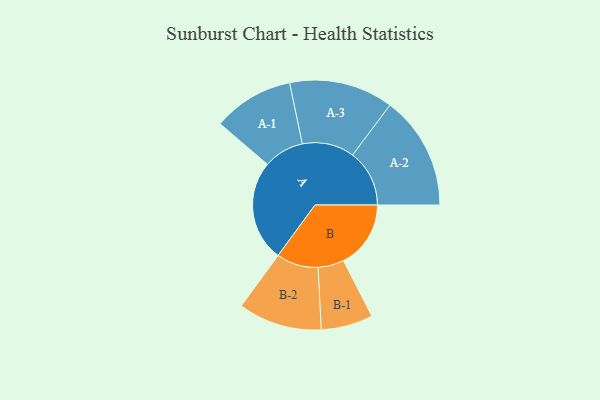
{"axis": {"x": "Segment", "y": "Value"}, "legend": ["", "A", "B"], "data": [{"x": "A", "y": 483, "type": ""}, {"x": "B", "y": 322, "type": ""}, {"x": "A-1", "y": 193, "type": "A"}, {"x": "A-2", "y": 272, "type": "A"}, {"x": "A-3", "y": 249, "type": "A"}, {"x": "B-1", "y": 124, "type": "B"}, {"x": "B-2", "y": 200, "type": "B"}]}